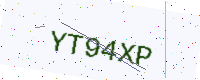
Text: YT94XP